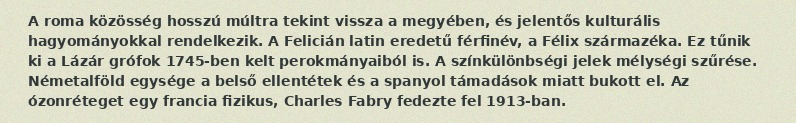
A roma közösség hosszú múltra tekint vissza a megyében, és jelentős kulturális hagyományokkal rendelkezik. A Felicián latin eredetű férfinév, a Félix származéka. Ez tűnik ki a Lázár grófok 1745-ben kelt perokmányaiból is. A színkülönbségi jelek mélységi szűrése. Németalföld egysége a belső ellentétek és a spanyol támadások miatt bukott el. Az ózonréteget egy francia fizikus, Charles Fabry fedezte fel 1913-ban.